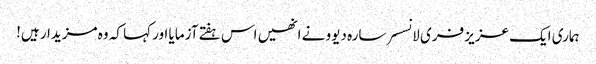
ہماری ایک عزیز فری لانسسر سارہ دیوو نے انھیں اس ہفتے آزمایا اور کہا کہ وہ مزیدار ہیں!